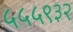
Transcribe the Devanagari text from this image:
५५५९३२